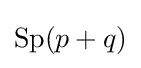
\mathrm {Sp} (p+q)